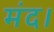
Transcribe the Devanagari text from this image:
मंद।